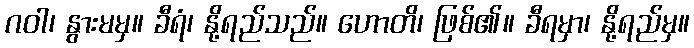
ဂဝါ၊ နွားမမှ။ ခီရံ၊ နို့ရည်သည်။ ဟောတိ၊ ဖြစ်၏။ ခီရမှာ၊ နို့ရည်မှ။